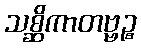
သစ္ဆိကာတဗ္ဗဉ္စ